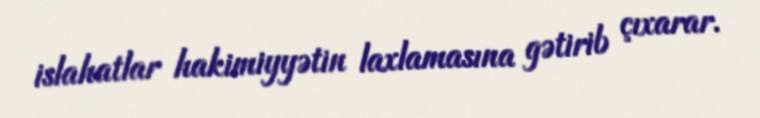
islahatlar hakimiyyətin laxlamasına gətirib çıxarar.